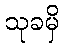
သုခမှိ